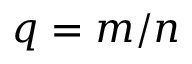
q = m / n